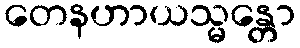
တေနဟာယသ္မန္တော